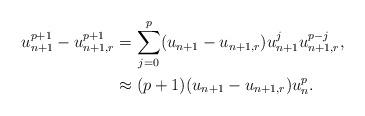
LaTeX: \begin{align*}u_{n+1}^{p+1} - u_{n+1,r}^{p+1} &= \sum\limits_{j=0}^{p} (u_{n+1} - u_{n+1,r}) u_{n+1}^j u_{n+1,r}^{p-j},\\& \approx (p+1) (u_{n+1} - u_{n+1,r}) u_n^p.\end{align*}